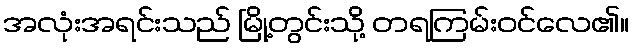
အလုံးအရင်းသည် မြို့တွင်းသို့ တရကြမ်းဝင်လေ၏။